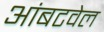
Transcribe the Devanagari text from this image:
आंबटवेल